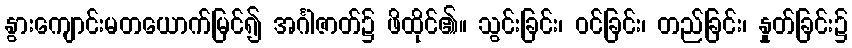
နွားကျောင်းမတယောက်မြင်၍ အင်္ဂါဇာတ်၌ ဖိထိုင်၏။ သွင်းခြင်း၊ ဝင်ခြင်း၊ တည်ခြင်း၊ နှုတ်ခြင်း၌